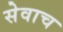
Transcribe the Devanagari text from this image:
सेवाच